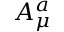
A _ { \mu } ^ { a }